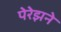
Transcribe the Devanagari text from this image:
पेरेझने